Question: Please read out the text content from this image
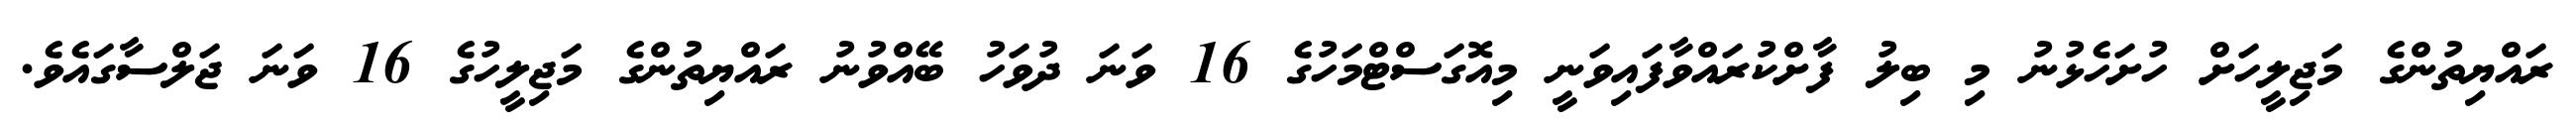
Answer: ރައްޔިތުންގެ މަޖިލީހަށް ހުށަހެޅުނު މި ބިލު ފާށްކުރައްވާފައިވަނީ މިއޮގަސްޓްމަހުގެ 16 ވަނަ ދުވަހު ބޭއްވުނު ރައްޔިތުންގެ މަޖިލީހުގެ 16 ވަނަ ޖަލްސާގައެވެ.